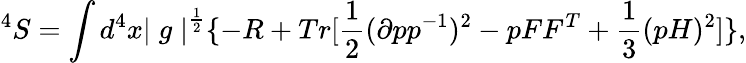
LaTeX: ^4S=\int d^{4}x{\mid g\mid}^{\frac{1}{2}}\{ -R+Tr[\frac{1}{2}(\partial pp^{-1})^{2}-pFF^{T}+\frac{1}{3}(pH)^{2}]\} ,